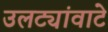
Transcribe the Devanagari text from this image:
उलट्यांवाटे